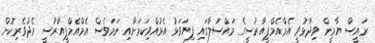
ރައީސް ޔާމީން ވިދާޅުވީ އެމްއެމްޕީއާރުސީގެ މައްސަލާގައި ފިޔަވަޅު އެޅުއްވިކަމަށާއި ނަމަވެސް އެމްއެމްޕީއާރުސީ މެދުވެރިކޮށް